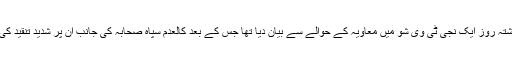
انہوں نے گزشتہ روز ایک نجی ٹی وی شو میں معاویہ کے حوالے سے بیان دیا تھا جس کے بعد کالعدم سپاہ صحابہ کی جانب ان پر شدید تنقید کی جا رہی ہے۔